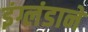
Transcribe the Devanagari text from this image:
इंग्लंडाने